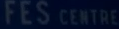
FESCENTRE